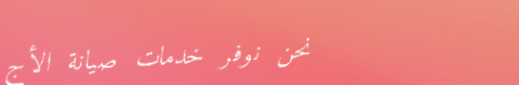
نحن نوفر خدمات صيانة الأج